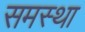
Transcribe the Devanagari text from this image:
समस्था